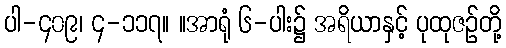
ပါ-၄၀၉၊ ၄-၁၁၇။ ။အာရုံ ၆-ပါး၌ အရိယာနှင့် ပုထုဇဉ်တို့